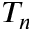
T _ { n }